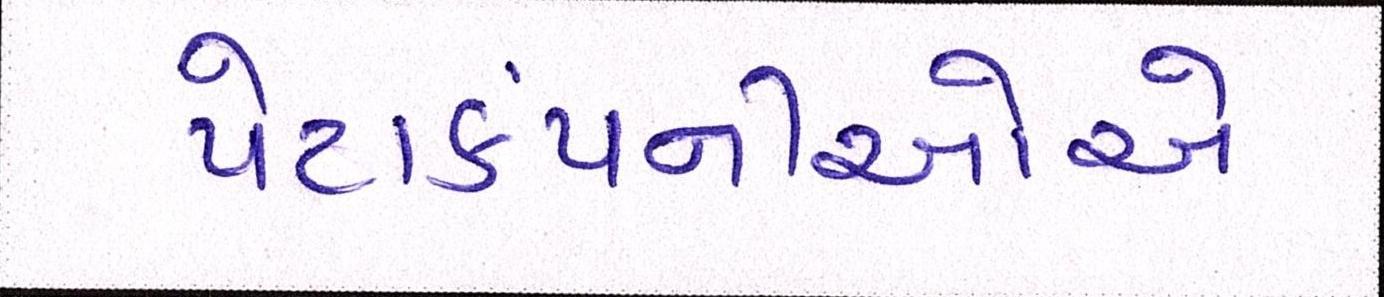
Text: પેટાકંપનીઓએ